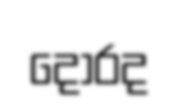
දොරද